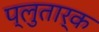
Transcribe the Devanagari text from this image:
प्लुतार्क